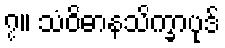
၇။ သံဝိဓာနသိက္ခာပုဒ်